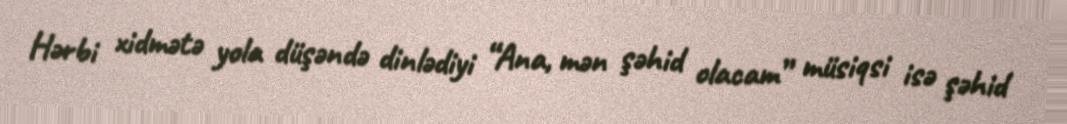
Hərbi xidmətə yola düşəndə dinlədiyi “Ana, mən şəhid olacam” müsiqsi isə şəhid